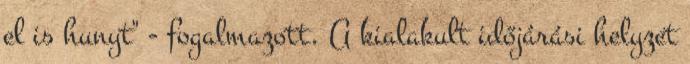
el is hunyt" - fogalmazott. A kialakult időjárási helyzet